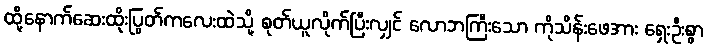
ထို့နောက်ဆေးထိုးပြွတ်ကလေးထဲသို့ စုတ်ယူလိုက်ပြီးလျှင် လောဘကြီးသော ကိုသိန်းဖေအား ရှေးဦးစွာ